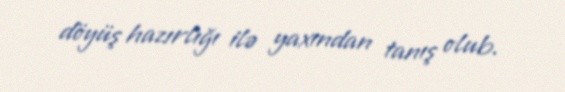
döyüş hazırlığı ilə yaxından tanış olub.